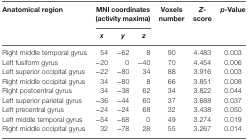
| <ROWSPAN=2> Anatomical region | <COLSPAN=3> MNI coordinates (activity maxima) | <ROWSPAN=2> Voxels number | <ROWSPAN=2> Z-score | <ROWSPAN=2> p-Value |
 | x | y | z |
 | --- | --- | --- | --- | --- | --- | --- |
 | Right middle temporal gyrus | 54 | −62 | 8 | 90 | 4.483 | 0.003 |
 | Left fusiform gyrus | −20 | 0 | −40 | 70 | 4.454 | 0.006 |
 | Left superior occipital gyrus | −22 | −80 | 34 | 88 | 3.916 | 0.003 |
 | Right middle occipital gyrus | 34 | −80 | 8 | 66 | 3.851 | 0.008 |
 | Right postcentral gyrus | 34 | −38 | 62 | 34 | 3.822 | 0.044 |
 | Left superior parietal gyrus | −36 | −44 | 60 | 37 | 3.688 | 0.037 |
 | Left precentral gyrus | −24 | −24 | 68 | 32 | 3.438 | 0.050 |
 | Left middle temporal gyrus | −54 | −68 | 0 | 49 | 3.274 | 0.019 |
 | Right middle occipital gyrus | 32 | −78 | 28 | 55 | 3.267 | 0.014 |